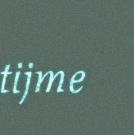
tijme